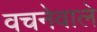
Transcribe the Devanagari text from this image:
वचनेवाले